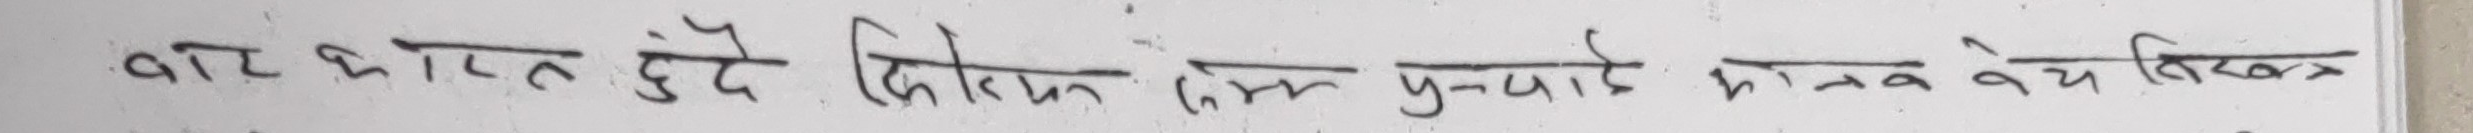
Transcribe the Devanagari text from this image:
बार भारत हुँदै विकसित एक बुनियादी ढाँचा तब वैसे बिखराव